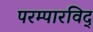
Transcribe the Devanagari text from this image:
परम्पारविद्